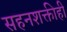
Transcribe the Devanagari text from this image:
सहनशक्तीही